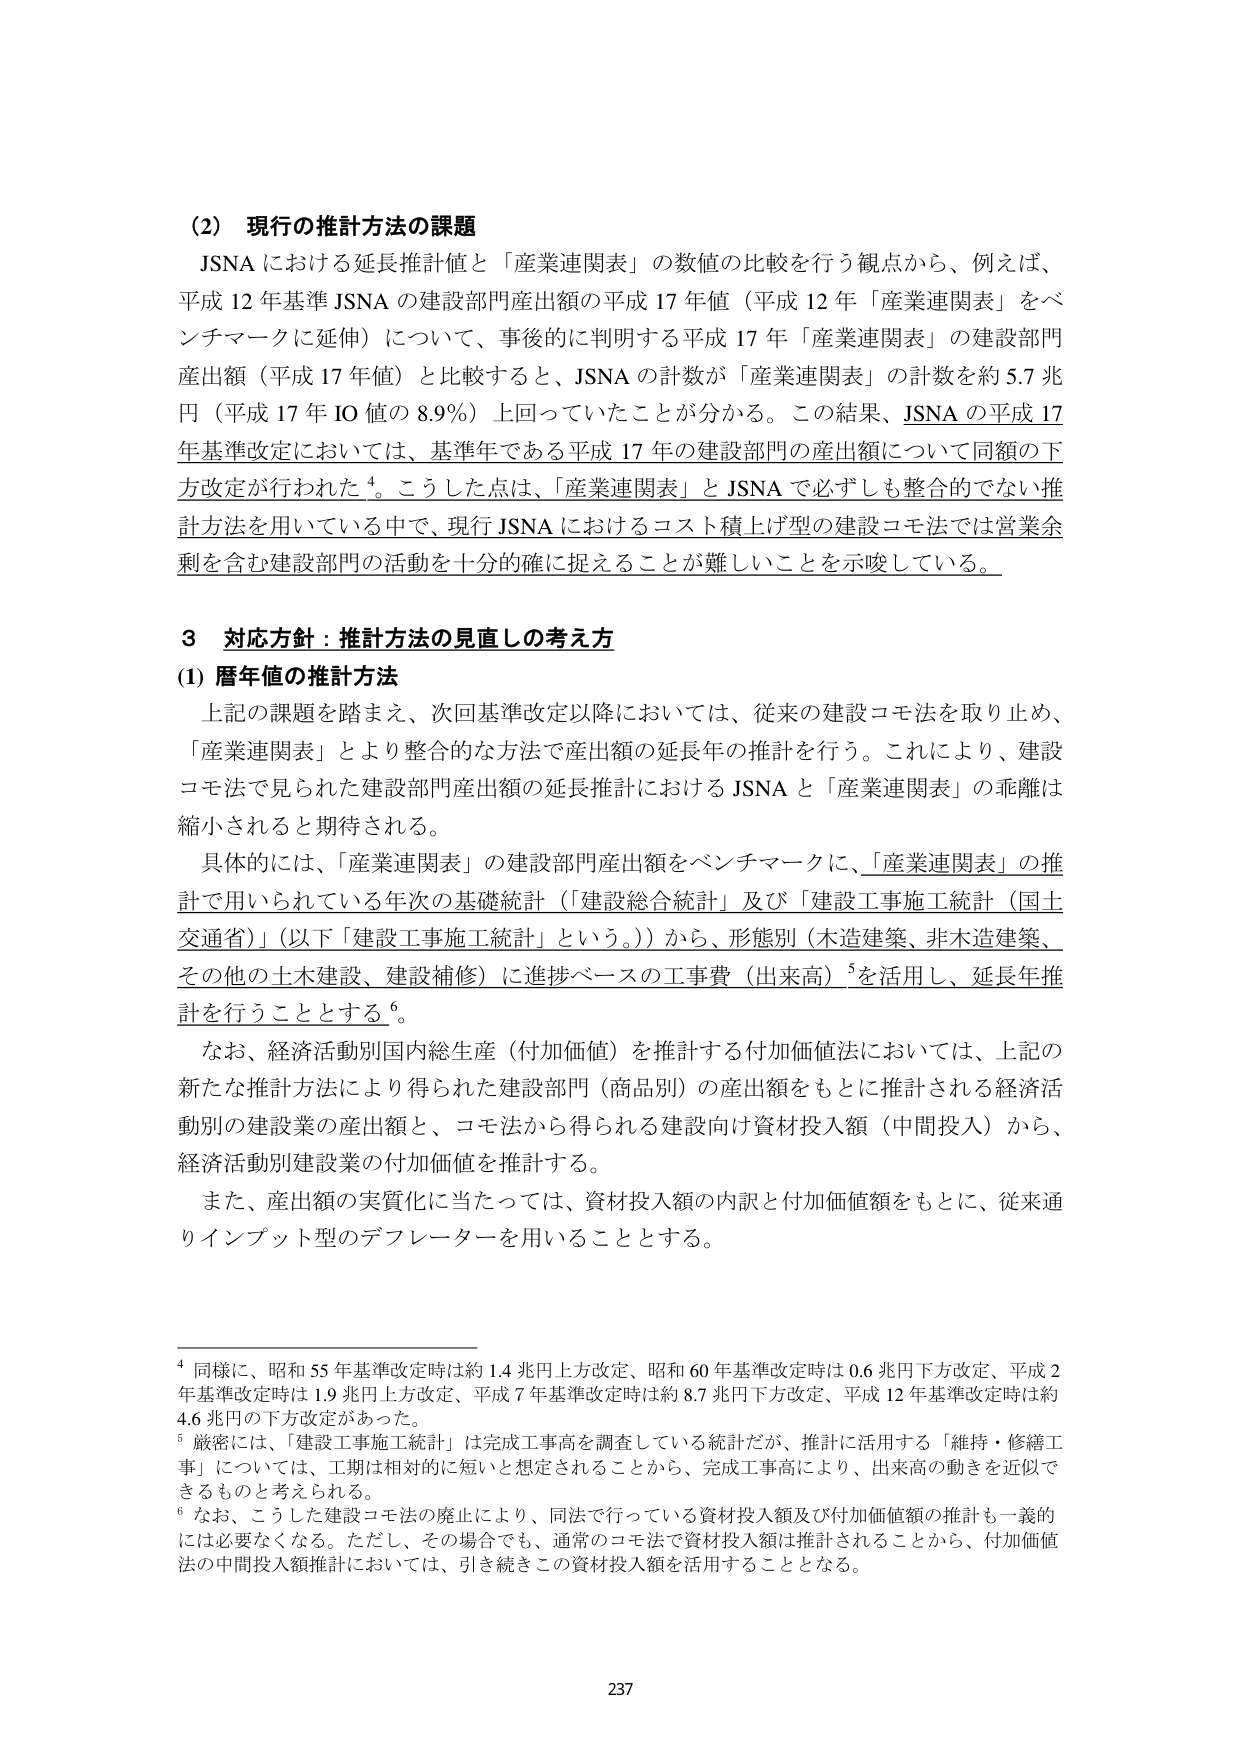
(2) 現行の推計方法の課題
JSNA における延長推計値と「産業連関表」の数値の比較を行う観点から、例えば、
平成 12 年基準 JSNA の建設部門産出額の平成 17 年値（平成 12 年「産業連関表」をベンチマークに延伸）について、事後的に判明する平成 17 年「産業連関表」の建設部門産出額（平成 17 年値）と比較すると、JSNA の計数が「産業連関表」の計数を約 5.7 兆円（平成 17 年 IO 値の 8.9％）上回っていたことが分かる。この結果、JSNA の平成 17 年基準改定においては、基準年である平成 17 年の建設部門の産出額について同額の下方改定が行われた⁴。こうした点は、「産業連関表」と JSNA で必ずしも整合的でない推計方法を用いている中で、現行 JSNA におけるコスト積上げ型の建設コモ法では営業余剰を含む建設部門の活動を十分的確に捉えることが難しいことを示唆している。

3 対応方針：推計方法の見直しの考え方
(1) 暦年値の推計方法
上記の課題を踏まえ、次回基準改定以降においては、従来の建設コモ法を取り止め、「産業連関表」とより整合的な方法で産出額の延長年の推計を行う。これにより、建設コモ法で見られた建設部門産出額の延長推計における JSNA と「産業連関表」の乖離は縮小されると期待される。
具体的には、「産業連関表」の建設部門産出額をベンチマークに、「産業連関表」の推計で用いられている年次の基礎統計（「建設総合統計」及び「建設工事施工統計（国土交通省）」（以下「建設工事施工統計」という。））から、形態別（木造建築、非木造建築、その他の土木建設、建設補修）に進捗ベースの工事費（出来高）⁵を活用し、延長年推計を行うこととする⁶。
なお、経済活動別国内総生産（付加価値）を推計する付加価値法においては、上記の新たな推計方法により得られた建設部門（商品別）の産出額をもとに推計される経済活動別の建設業の産出額と、コモ法から得られる建設向け資材投入額（中間投入）から、経済活動別建設業の付加価値を推計する。
また、産出額の実質化に当たっては、資材投入額の内訳と付加価値額をもとに、従来通りインプット型のデフレーターを用いることとする。

⁴ 同様に、昭和 55 年基準改定時は約 1.4 兆円上方改定、昭和 60 年基準改定時は 0.6 兆円下方改定、平成 2 年基準改定時は 1.9 兆円上方改定、平成 7 年基準改定時は約 8.7 兆円下方改定、平成 12 年基準改定時は約 4.6 兆円の下方改定があった。
⁵ 厳密には、「建設工事施工統計」は完成工事高を調査している統計だが、推計に活用する「維持・修繕工事」については、工期は相対的に短いと想定されることから、完成工事高により、出来高の動きを近似できるものと考えられる。
⁶ なお、こうした建設コモ法の廃止により、同法で行っている資材投入額及び付加価値額の推計も一義的には必要なくなる。ただし、その場合でも、通常のコモ法で資材投入額は推計されることから、付加価値法の中間投入額推計においては、引き続きこの資材投入額を活用することとなる。

237